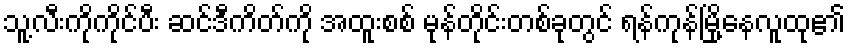
သူ့လီးကိုကိုင်ပီး ဆင်ဒီကိတ်ကို အထူးစစ် မုန်တိုင်းတစ်ခုတွင် ရန်ကုန်မြို့နေလူထု၏